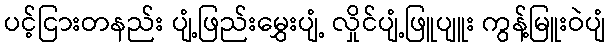
ပင့်ငြားတနည်း ပျံ့ဖြည်းမွှေးပျံ့ လှိုင်ပျံ့ဖြူပျူး ကွန့်မြူးဝဲပျံ